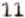
11